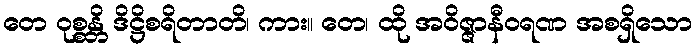
တေ ဝုစ္စန္တိ ဒိဋ္ဌိစရိတာတိ၊ ကား။ တေ၊ ထို အဝိဇ္ဇာနီဝရဏ အစရှိသော